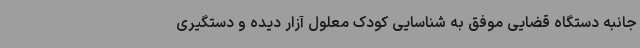
جانبه دستگاه قضایی موفق به شناسایی کودک معلول آزار دیده و دستگیری